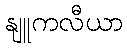
နျူကလီယာ